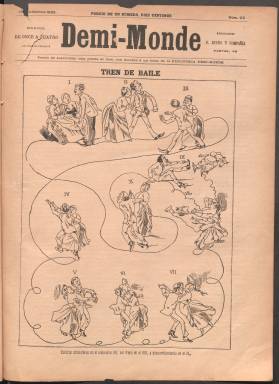
Título: Demi-Monde (Madrid)
Colección: Revistas satíricas y humorísticas
Ámbito geográfico: Madrid
Lugar de publicación: Madrid
Fechas: 26/09/1888-28/06/1892